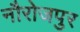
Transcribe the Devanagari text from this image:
नौरोजपुर